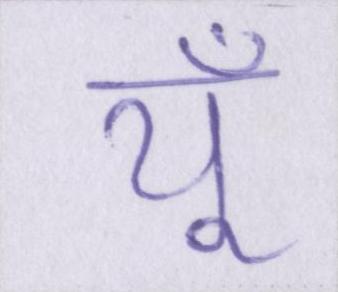
यूँ